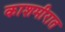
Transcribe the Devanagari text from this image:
काशमीरात